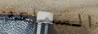
السماعه